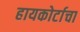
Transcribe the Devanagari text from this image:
हायकोर्टाचा